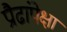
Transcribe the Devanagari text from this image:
प्रौढांपेक्षा